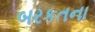
બરકતના